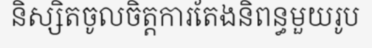
និស្សិតចូលចិត្តការតែងនិពន្ធមួយរូប